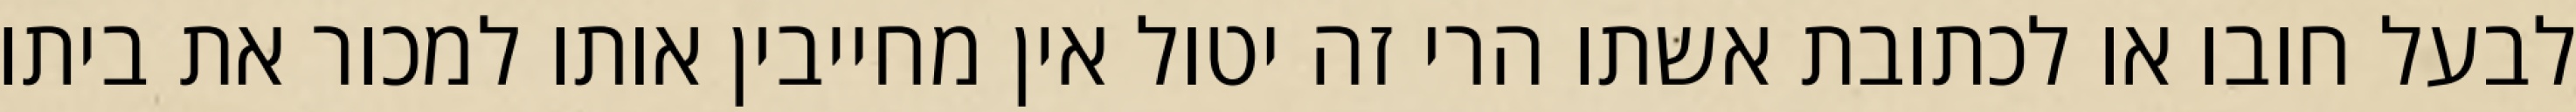
לבעל חובו או לכתובת אשתו הרי זה יטול אין מחייבין אותו למכור את ביתו